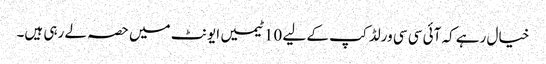
خیال رہے کہ آئی سی سی ورلڈ کپ کے لیے 10 ٹیمیں ایونٹ میں حصہ لے رہی ہیں۔